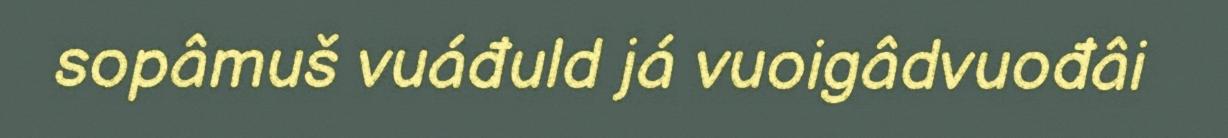
sopâmuš vuáđuld já vuoigâdvuođâi